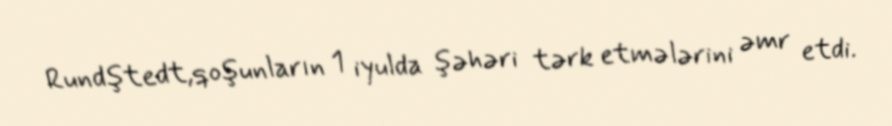
Rundştedt,qoşunların 1 iyulda şəhəri tərk etmələrini əmr etdi.